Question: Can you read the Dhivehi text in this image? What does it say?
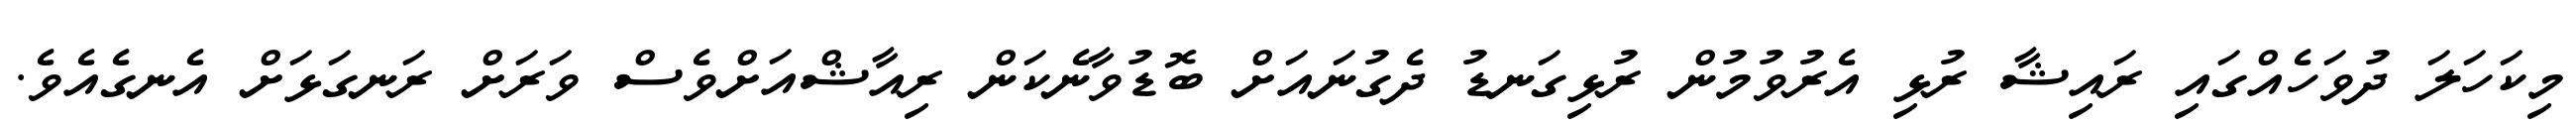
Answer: މިކަހަލަ ދުވަހެއްގައި ރައިޝާ ރުޅި އެރުވުމުން ރުޅިގަނޑު ދެގުނައަށް ބޮޑުވާނެކަން ރިއާޝްއަށްވެސް ވަރަށް ރަނގަޅަށް އެނގެއެވެ.